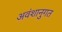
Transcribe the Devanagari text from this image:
अवंशानुगत